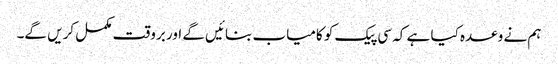
ہم نے وعدہ کیا ہے کہ سی پیک کو کامیاب بنائیں گے اور بروقت مکمل کریں گے۔